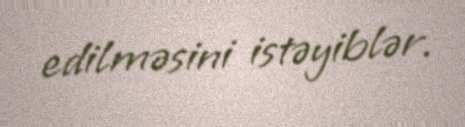
edilməsini istəyiblər.